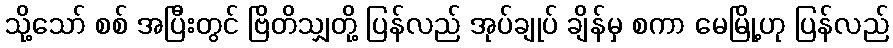
သို့သော် စစ် အပြီးတွင် ဗြိတိသျှတို့ ပြန်လည် အုပ်ချုပ် ချိန်မှ စကာ မေမြို့ဟု ပြန်လည်